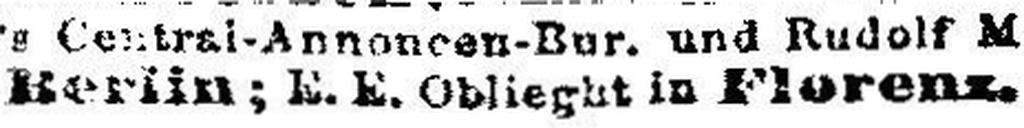
Berlin; E. E. Oblieght in Florenz.